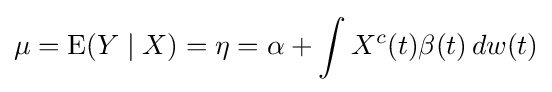
\mu =\operatorname {E} (Y\mid X)=\eta =\alpha +\int X^{c}(t)\beta (t)\,dw(t)